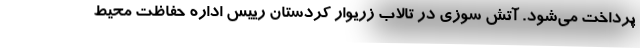
پرداخت می‌شود. آتش سوزی در تالاب زریوار کردستان رییس اداره حفاظت محیط